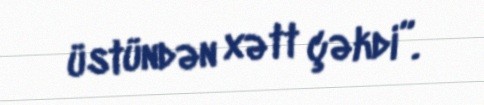
üstündən xətt çəkdi”.